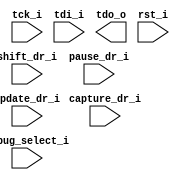
module adbg_top(
                // JTAG signals
                tck_i,
                tdi_i,
                tdo_o,
                rst_i,


                // TAP states
                shift_dr_i,
                pause_dr_i,
                update_dr_i,
                capture_dr_i,

                // Instructions
                debug_select_i


                `ifdef DBG_WISHBONE_SUPPORTED
                // WISHBONE common signals
                ,
                wb_clk_i,
                wb_rst_i,
                
                // WISHBONE master interface
                wb_adr_o,
                wb_dat_o,
                wb_dat_i,
                wb_cyc_o,
                wb_stb_o,
                wb_sel_o,
                wb_we_o,
                wb_ack_i,
                wb_cab_o,
                wb_err_i,
                wb_cti_o,
                wb_bte_o
                `endif

                `ifdef DBG_CPU0_SUPPORTED
                // CPU signals
                ,
                cpu0_clk_i, 
                cpu0_addr_o, 
                cpu0_data_i, 
                cpu0_data_o,
                cpu0_bp_i,
                cpu0_stall_o,
                cpu0_stb_o,
                cpu0_we_o,
                cpu0_ack_i,
                cpu0_rst_o
                `endif

                `ifdef DBG_CPU1_SUPPORTED
                // CPU signals
                ,
                cpu1_clk_i, 
                cpu1_addr_o, 
                cpu1_data_i, 
                cpu1_data_o,
                cpu1_bp_i,
                cpu1_stall_o,
                cpu1_stb_o,
                cpu1_we_o,
                cpu1_ack_i,
                cpu1_rst_o
                `endif
		
                `ifdef DBG_JSP_SUPPORTED
                ,
		`ifndef DBG_WISHBONE_SUPPORTED
		wb_clk_i,
		wb_rst_i,
		`endif
		
                // WISHBONE target interface
                wb_jsp_adr_i,
                wb_jsp_dat_o,
                wb_jsp_dat_i,
                wb_jsp_cyc_i,
                wb_jsp_stb_i,
                wb_jsp_sel_i,
                wb_jsp_we_i,
                wb_jsp_ack_o,
                wb_jsp_cab_i,
                wb_jsp_err_o,
                wb_jsp_cti_i,
                wb_jsp_bte_i,
		int_o
                `endif
		
		);


   // JTAG signals
   input   tck_i;
   input   tdi_i;
   output  tdo_o;
   input   rst_i;

   // TAP states
   input   shift_dr_i;
   input   pause_dr_i;
   input   update_dr_i;
   input   capture_dr_i;

   // Module select from TAP
   input   debug_select_i;

`ifdef DBG_WISHBONE_SUPPORTED
   input   wb_clk_i;
   input   wb_rst_i;
   output [31:0] wb_adr_o;
   output [31:0] wb_dat_o;
   input [31:0]  wb_dat_i;
   output        wb_cyc_o;
   output        wb_stb_o;
   output [3:0]  wb_sel_o;
   output        wb_we_o;
   input         wb_ack_i;
   output        wb_cab_o;
   input         wb_err_i;
   output [2:0]  wb_cti_o;
   output [1:0]  wb_bte_o;
`endif

`ifdef DBG_CPU0_SUPPORTED
   // CPU signals
   input         cpu0_clk_i; 
   output [31:0] cpu0_addr_o; 
   input [31:0]  cpu0_data_i; 
   output [31:0] cpu0_data_o;
   input         cpu0_bp_i;
   output        cpu0_stall_o;
   output        cpu0_stb_o;
   output        cpu0_we_o;
   input         cpu0_ack_i;
   output        cpu0_rst_o;
`endif

`ifdef DBG_CPU1_SUPPORTED
   input         cpu1_clk_i; 
   output [31:0] cpu1_addr_o; 
   input [31:0]  cpu1_data_i; 
   output [31:0] cpu1_data_o;
   input         cpu1_bp_i;
   output        cpu1_stall_o;
   output        cpu1_stb_o;
   output        cpu1_we_o;
   input         cpu1_ack_i;
   output        cpu1_rst_o;
`endif

`ifdef DBG_JSP_SUPPORTED
   `ifndef DBG_WISHBONE_SUPPORTED
   input   wb_clk_i;
   input   wb_rst_i;
   `endif
   input [31:0]  wb_jsp_adr_i;
   output [31:0] wb_jsp_dat_o;
   input [31:0]  wb_jsp_dat_i;
   input         wb_jsp_cyc_i;
   input         wb_jsp_stb_i;
   input [3:0]   wb_jsp_sel_i;
   input         wb_jsp_we_i;
   output        wb_jsp_ack_o;
   input         wb_jsp_cab_i;
   output        wb_jsp_err_o;
   input [2:0]   wb_jsp_cti_i;
   input [1:0]   wb_jsp_bte_i;
   output 	 int_o;
`endif


endmodule